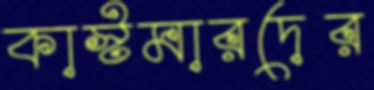
কাস্টমারদের